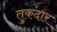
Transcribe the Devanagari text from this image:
तुकदार